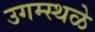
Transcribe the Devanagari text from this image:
उगम्स्थळे